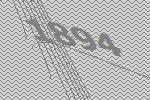
1894